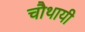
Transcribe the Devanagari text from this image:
चौथायी